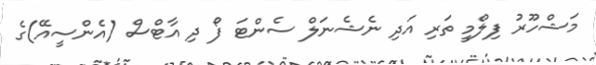
މަޝްހޫރު ފިލްމީ ތަރި އަދި ނެޝެނަލް ސެންޓަ ފޯ ދި އާޓްސް (އެންސީއޭ)ގެ